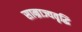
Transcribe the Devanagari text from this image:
साम्राज्यवृद्धि